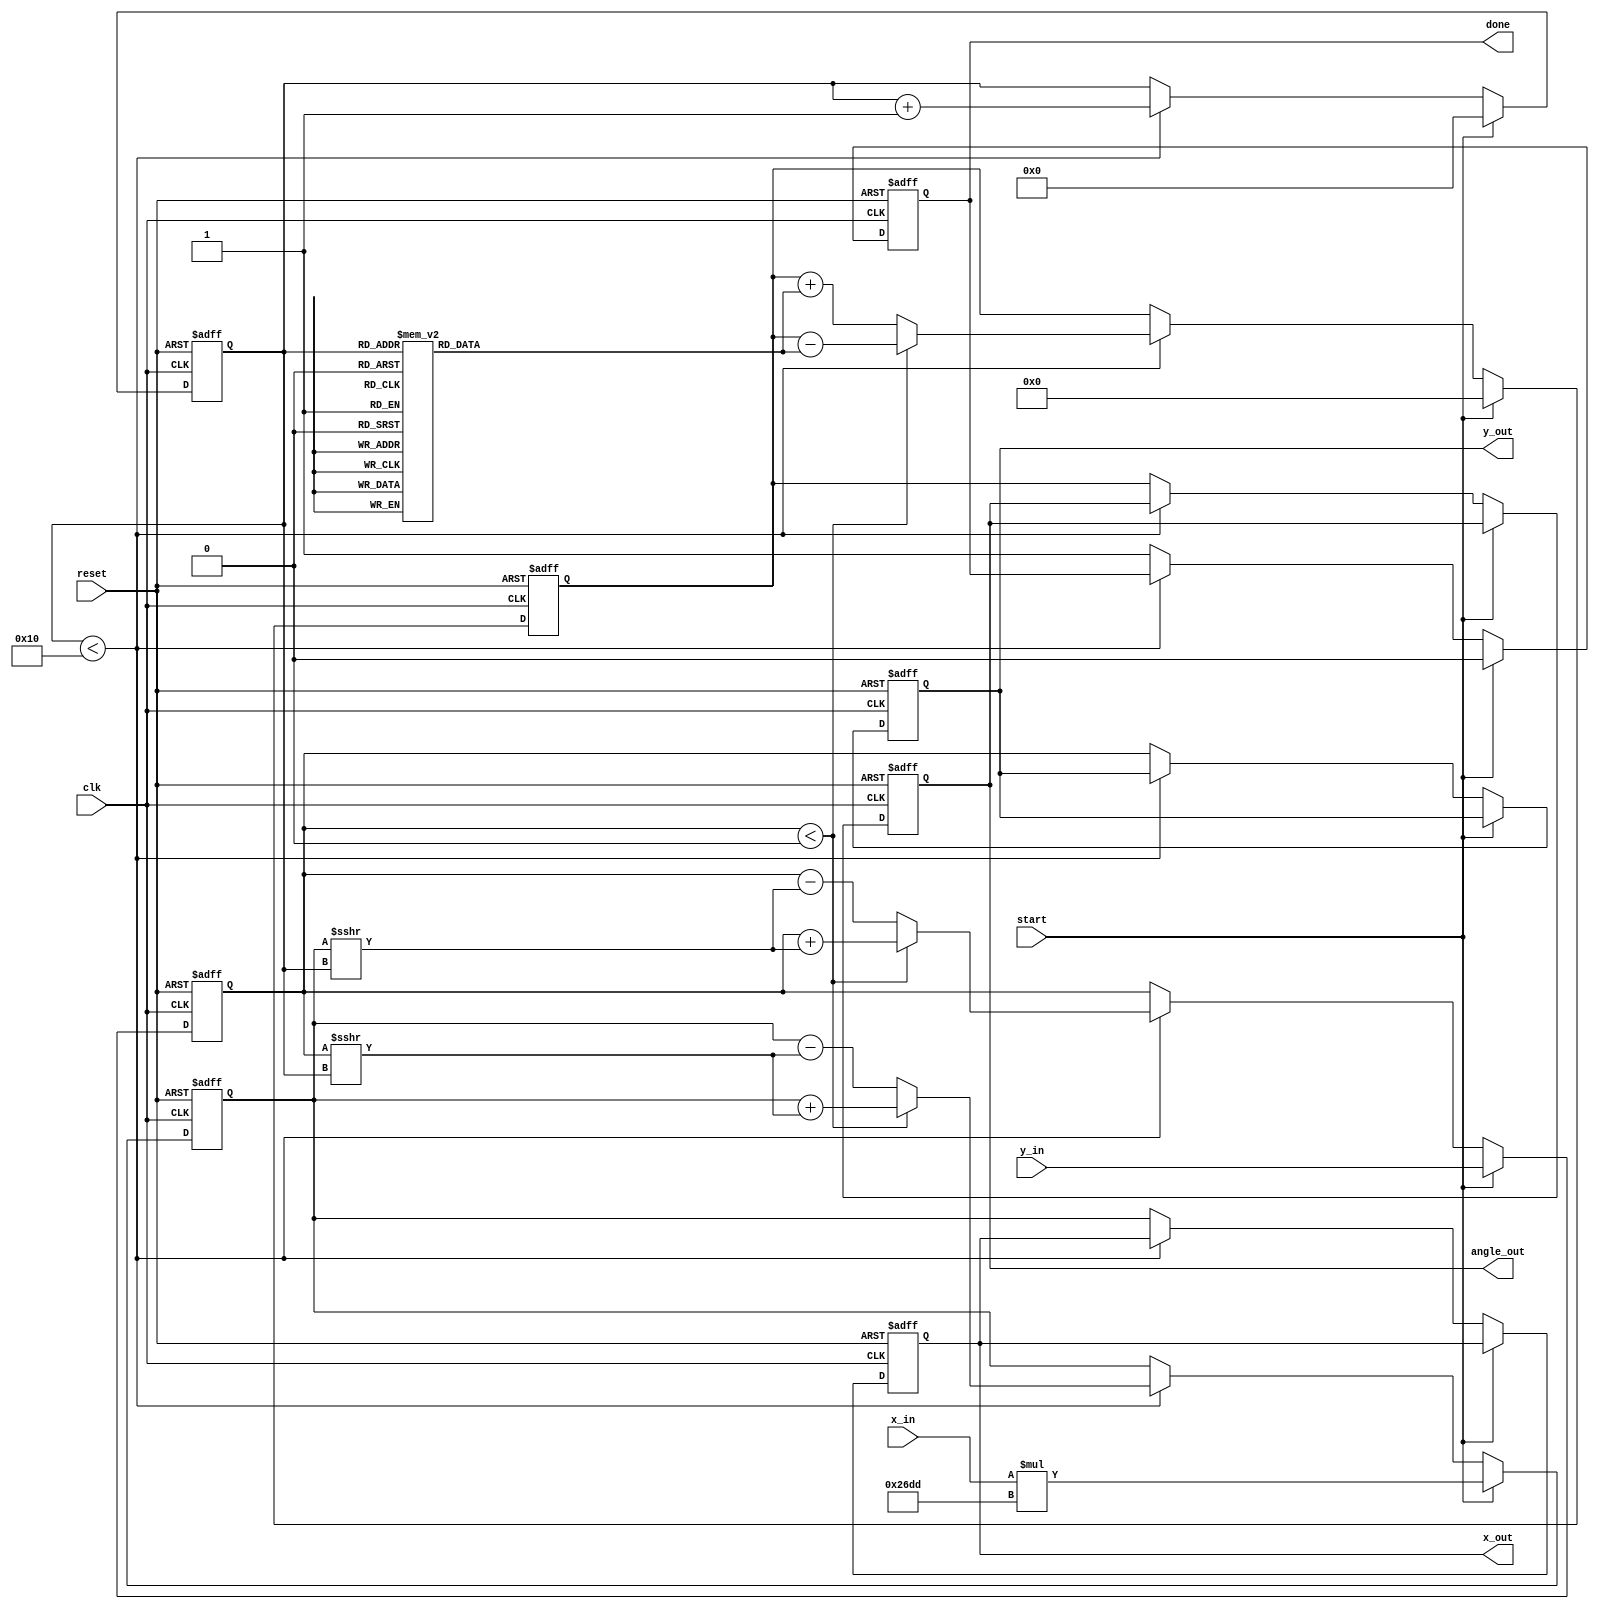
module cordic_vectoring #(
    parameter DATA_WIDTH = 16,
    parameter ITERATIONS = 16
)(
    input wire clk,
    input wire reset,
    input wire start,
    input wire signed [DATA_WIDTH-1:0] x_in,
    input wire signed [DATA_WIDTH-1:0] y_in,
    output reg signed [DATA_WIDTH-1:0] x_out,
    output reg signed [DATA_WIDTH-1:0] y_out,
    output reg signed [DATA_WIDTH-1:0] angle_out,
    output reg done
);

    // CORDIC gain factor for normalization
    localparam signed [DATA_WIDTH-1:0] K = 16'h26DD; // Approximation of 0.6072529350088812561694

    // Rotation angles for each iteration
    reg signed [DATA_WIDTH-1:0] angle_table [0:ITERATIONS-1];
    initial begin
        angle_table[0] = 16'h0000; // 0 degrees
        angle_table[1] = 16'h26D3; // arctan(1/2^1)
        angle_table[2] = 16'h1DAC; // arctan(1/2^2)
        angle_table[3] = 16'h1C71; // arctan(1/2^3)
        angle_table[4] = 16'h1B8E; // arctan(1/2^4)
        angle_table[5] = 16'h1B2D; // arctan(1/2^5)
        angle_table[6] = 16'h1AC8; // arctan(1/2^6)
        angle_table[7] = 16'h1A6B; // arctan(1/2^7)
        angle_table[8] = 16'h1A0D; // arctan(1/2^8)
        angle_table[9] = 16'h19B0; // arctan(1/2^9)
        angle_table[10] = 16'h196D; // arctan(1/2^10)
        angle_table[11] = 16'h192A; // arctan(1/2^11)
        angle_table[12] = 16'h18E9; // arctan(1/2^12)
        angle_table[13] = 16'h18A8; // arctan(1/2^13)
        angle_table[14] = 16'h1868; // arctan(1/2^14)
        angle_table[15] = 16'h1828; // arctan(1/2^15)
    end

    reg signed [DATA_WIDTH-1:0] x;
    reg signed [DATA_WIDTH-1:0] y;
    reg signed [DATA_WIDTH-1:0] angle;
    reg [3:0] iteration_count;

    always @(posedge clk or posedge reset) begin
        if (reset) begin
            x <= 0;
            y <= 0;
            angle <= 0;
            iteration_count <= 0;
            done <= 0;
            x_out <= 0;
            y_out <= 0;
            angle_out <= 0;
        end else if (start) begin
            // Initialize inputs
            x <= x_in * K; // Scale input x
            y <= y_in;
            angle <= 0;
            iteration_count <= 0;
            done <= 0;
        end else if (iteration_count < ITERATIONS) begin
            // CORDIC rotation logic
            if (y < 0) begin
                // Rotate clockwise
                x <= x + (y >>> iteration_count);
                y <= y + (x >>> iteration_count);
                angle <= angle - angle_table[iteration_count];
            end else begin
                // Rotate counterclockwise
                x <= x - (y >>> iteration_count);
                y <= y - (x >>> iteration_count);
                angle <= angle + angle_table[iteration_count];
            end
            iteration_count <= iteration_count + 1;
        end else begin
            // Output final results
            x_out <= x;
            y_out <= y;
            angle_out <= angle;
            done <= 1;
        end
    end

endmodule